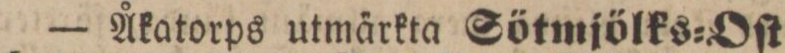
— Åkatorps utmärkta Sötmjölks=Oſt